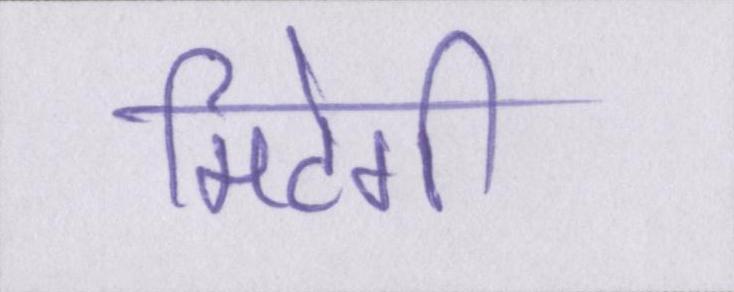
मिटेगी